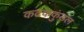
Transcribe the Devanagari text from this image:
कटककुंडल